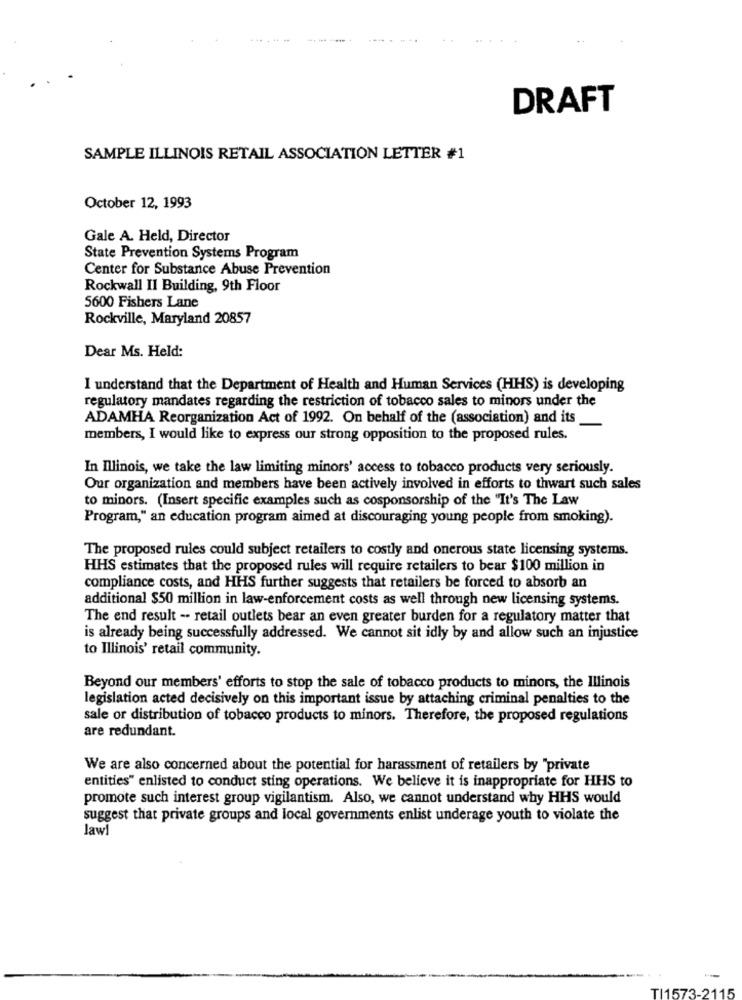
DRAFT
SAMPLE ILLINOIS RETAIL ASSOCIATION LETTER #1
October 12, 1993
Gale A. Held, Director
State Prevention Systems Program
Center for Substance Abuse Prevention
Rockwall Il Building, 9th Floor
5600 Fishers Lane
Rockville, Maryland 20857
Dear Ms. Held:
I understand that the Department of Health and Human Services (HHS) is developing
regulatory mandates regarding the restriction of tobacco sales to minors under the
ADAMHA Reorganization Act of 1992. On behalf of the (association) and its
members, I would like to express our strong opposition to the proposed rules.
In Illinois, we take the law limiting minors' access to tobacco products very seriously.
Our organization and members have been actively involved in efforts to thwart such sales
to minors. (Insert specific examples such as cosponsorship of the "It's The Law
Program," an education program aimed at discouraging young people from smoking).
The proposed rules could subject retailers to costly and onerous state licensing systems.
HHS estimates that the proposed rules will require retailers to bear $100 million in
compliance costs, and HHS further suggests that retailers be forced to absorb an
additional $50 million in law-enforcement costs as well through new licensing systems.
The end result -- retail outlets bear an even greater burden for a regulatory matter that
is already being successfully addressed. We cannot sit idly by and allow such an injustice
to Illinois' retail community.
Beyond our members' efforts to stop the sale of tobacco products to minors, the Illinois
legislation acted decisively on this important issue by attaching criminal penalties to the
sale or distribution of tobacco products to minors. Therefore, the proposed regulations
are redundant.
We are also concerned about the potential for harassment of retailers by "private
entities" enlisted to conduct sting operations. We believe it is inappropriate for HHS to
promote such interest group vigilantism. Also, we cannot understand why HHS would
suggest that private groups and local governments enlist underage youth to violate the
lawi
TI1573-2115